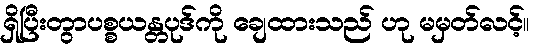
ရှိပြီးတွာပစ္စယန္တပုဒ်ကို ချေထားသည် ဟု မမှတ်လင့်။